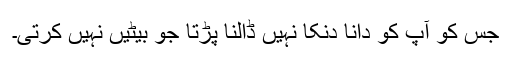
جس کو آپ کو دانا دنکا نہیں ڈالنا پڑتا جو بیٹیں نہیں کرتی۔